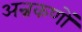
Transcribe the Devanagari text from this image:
अन्नकणों